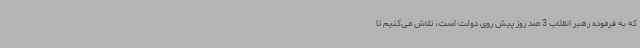
که به فرموده رهبر انقلاب 3 صد روز پیش روی دولت است، تلاش می‌کنیم تا